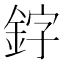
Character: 𫒛